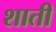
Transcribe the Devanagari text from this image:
शाती